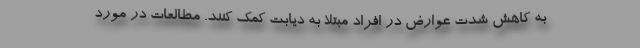
به کاهش شدت عوارض در افراد مبتلا به دیابت کمک کنند. مطالعات در مورد